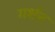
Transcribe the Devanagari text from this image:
गर्शन